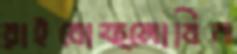
রাইবোফ্লোবিন